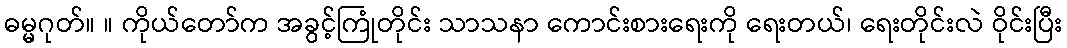
ဓမ္မဂုတ်။ ။ ကိုယ်တော်က အခွင့်ကြုံတိုင်း သာသနာ ကောင်းစားရေးကို ရေးတယ်၊ ရေးတိုင်းလဲ ဝိုင်းပြီး